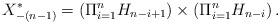
LaTeX: \begin{align*}X_{-(n-1)}^{\ast}=\displaystyle{(\Pi_{i=1}^{n} H_{n-i+1}) \times (\Pi_{i=1}^{n} H_{n-i})}\,.\end{align*}